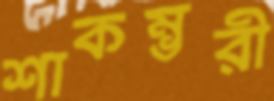
শাকম্ভরী